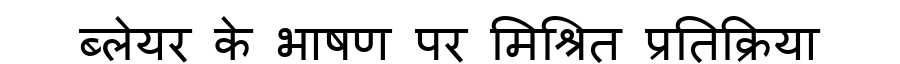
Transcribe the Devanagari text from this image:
ब्लेयर के भाषण पर मिश्रित प्रतिक्रिया